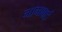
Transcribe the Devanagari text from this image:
नानाबाई